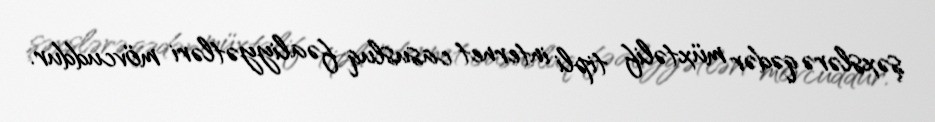
şəxslərə qədər müxtəlif tipli internet casusluq fəaliyyətləri mövcuddur.